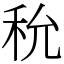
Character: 𥝲